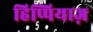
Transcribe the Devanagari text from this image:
हिप्पियाज़